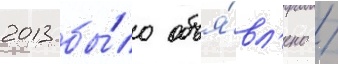
2013 бы́ло объя́вл'ено /